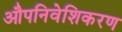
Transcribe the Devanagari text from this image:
औपनिवेशिकरण